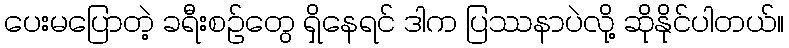
ပေးမပြောတဲ့ ခရီးစဉ်တွေ ရှိနေရင် ဒါက ပြဿနာပဲလို့ ဆိုနိုင်ပါတယ်။